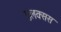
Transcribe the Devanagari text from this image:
फ़्लक्सस